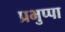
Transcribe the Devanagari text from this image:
प्रभुप्पा